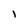
Character: l